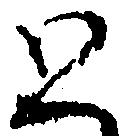
と